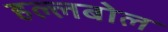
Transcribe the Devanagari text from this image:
हल्लबोल